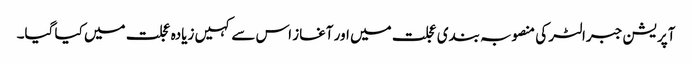
آپریشن جبرالٹر کی منصوبہ بندی عجلت میں اور آغاز اس سے کہیں زیادہ عجلت میں کیا گیا۔